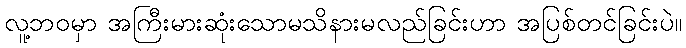
လူ့ဘဝမှာ အကြီးမားဆုံးသောမသိနားမလည်ခြင်းဟာ အပြစ်တင်ခြင်းပဲ။